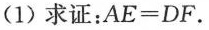
(1)求证： $$A E = D F$$ 。